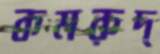
কমরুদ্